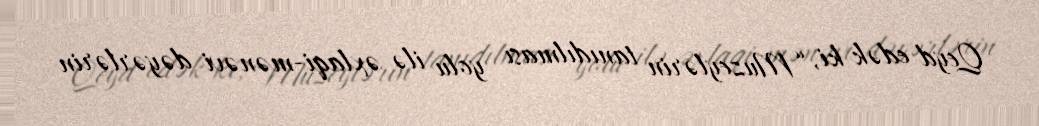
Qeyd edək ki, “Muzeylərin tanıdılması yolu ilə əxlaqi-mənəvi dəyərlərin